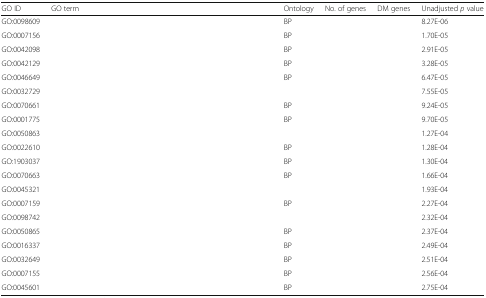
<table><thead><tr><td><b>GO ID</b></td><td><b>GO term</b></td><td><b>Ontology</b></td><td><b>No. of genes</b></td><td><b>DM genes</b></td><td><b>Unadjusted <i>p</i> value</b></td></tr></thead><tbody><tr><td>GO:0098609</td><td>[EMPTY_CELL]</td><td>BP</td><td>[EMPTY_CELL]</td><td>[EMPTY_CELL]</td><td>8.27E-06</td></tr><tr><td>GO:0007156</td><td>[EMPTY_CELL]</td><td>BP</td><td>[EMPTY_CELL]</td><td>[EMPTY_CELL]</td><td>1.70E-05</td></tr><tr><td>GO:0042098</td><td>[EMPTY_CELL]</td><td>BP</td><td>[EMPTY_CELL]</td><td>[EMPTY_CELL]</td><td>2.91E-05</td></tr><tr><td>GO:0042129</td><td>[EMPTY_CELL]</td><td>BP</td><td>[EMPTY_CELL]</td><td>[EMPTY_CELL]</td><td>3.28E-05</td></tr><tr><td>GO:0046649</td><td>[EMPTY_CELL]</td><td>BP</td><td>[EMPTY_CELL]</td><td>[EMPTY_CELL]</td><td>6.47E-05</td></tr><tr><td>GO:0032729</td><td>[EMPTY_CELL]</td><td>[EMPTY_CELL]</td><td>[EMPTY_CELL]</td><td>[EMPTY_CELL]</td><td>7.55E-05</td></tr><tr><td>GO:0070661</td><td>[EMPTY_CELL]</td><td>BP</td><td>[EMPTY_CELL]</td><td>[EMPTY_CELL]</td><td>9.24E-05</td></tr><tr><td>GO:0001775</td><td>[EMPTY_CELL]</td><td>BP</td><td>[EMPTY_CELL]</td><td>[EMPTY_CELL]</td><td>9.70E-05</td></tr><tr><td>GO:0050863</td><td>[EMPTY_CELL]</td><td>[EMPTY_CELL]</td><td>[EMPTY_CELL]</td><td>[EMPTY_CELL]</td><td>1.27E-04</td></tr><tr><td>GO:0022610</td><td>[EMPTY_CELL]</td><td>BP</td><td>[EMPTY_CELL]</td><td>[EMPTY_CELL]</td><td>1.28E-04</td></tr><tr><td>GO:1903037</td><td>[EMPTY_CELL]</td><td>BP</td><td>[EMPTY_CELL]</td><td>[EMPTY_CELL]</td><td>1.30E-04</td></tr><tr><td>GO:0070663</td><td>[EMPTY_CELL]</td><td>BP</td><td>[EMPTY_CELL]</td><td>[EMPTY_CELL]</td><td>1.66E-04</td></tr><tr><td>GO:0045321</td><td>[EMPTY_CELL]</td><td>[EMPTY_CELL]</td><td>[EMPTY_CELL]</td><td>[EMPTY_CELL]</td><td>1.93E-04</td></tr><tr><td>GO:0007159</td><td>[EMPTY_CELL]</td><td>BP</td><td>[EMPTY_CELL]</td><td>[EMPTY_CELL]</td><td>2.27E-04</td></tr><tr><td>GO:0098742</td><td>[EMPTY_CELL]</td><td>[EMPTY_CELL]</td><td>[EMPTY_CELL]</td><td>[EMPTY_CELL]</td><td>2.32E-04</td></tr><tr><td>GO:0050865</td><td>[EMPTY_CELL]</td><td>BP</td><td>[EMPTY_CELL]</td><td>[EMPTY_CELL]</td><td>2.37E-04</td></tr><tr><td>GO:0016337</td><td>[EMPTY_CELL]</td><td>BP</td><td>[EMPTY_CELL]</td><td>[EMPTY_CELL]</td><td>2.49E-04</td></tr><tr><td>GO:0032649</td><td>[EMPTY_CELL]</td><td>BP</td><td>[EMPTY_CELL]</td><td>[EMPTY_CELL]</td><td>2.51E-04</td></tr><tr><td>GO:0007155</td><td>[EMPTY_CELL]</td><td>BP</td><td>[EMPTY_CELL]</td><td>[EMPTY_CELL]</td><td>2.56E-04</td></tr><tr><td>GO:0045601</td><td>[EMPTY_CELL]</td><td>BP</td><td>[EMPTY_CELL]</td><td>[EMPTY_CELL]</td><td>2.75E-04</td></tr></tbody></table>